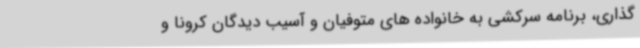
گذاری، برنامه سرکشی به خانواده های متوفیان و آسیب دیدگان کرونا و